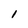
Character: 1